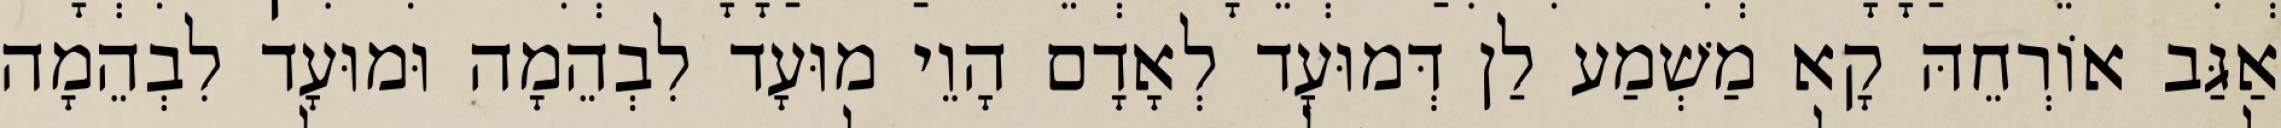
אַגַּב אוֹרְחֵהּ קָא מַשְׁמַע לַן דְּמוּעָד לְאָדָם הָוֵי מוּעָד לִבְהֵמָה וּמוּעָד לִבְהֵמָה